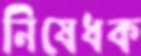
নিষেধক